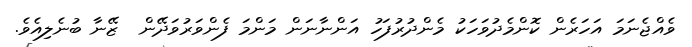
ވެއްޖެނަމަ އަހަރެން ކޮންމެދުވަހަކު މެންދުރުފަހު އަންނާނަން މަންމަ ފެންވަރުވަދޭން  ޒޭނާ ބުނެލިއެވެ.